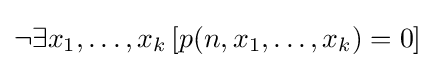
\neg \exists x_{1},\ldots ,x_{k}\,[p(n,x_{1},\ldots ,x_{k})=0]